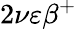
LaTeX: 2\nu\varepsilon\beta^{+}